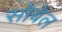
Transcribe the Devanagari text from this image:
सोबेल